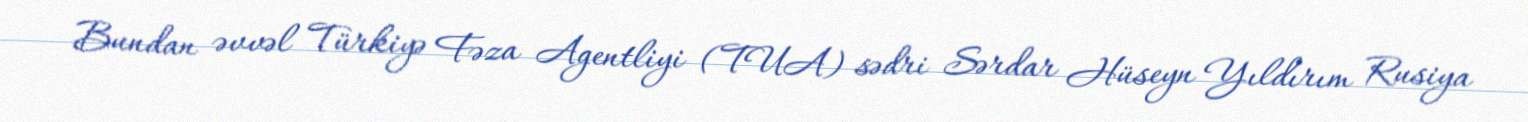
Bundan əvvəl Türkiyə Fəza Agentliyi (TUA) sədri Sərdar Hüseyn Yıldırım Rusiya